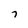
Character: 7